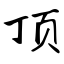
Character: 顶